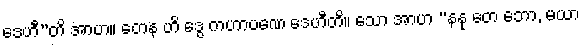
ဒေဟီ”တိ အာဟ။ တေန ဟိ ဒွေ ကဟာပဏေ ဒေဟီတိ။ သော အာဟ “နနု တေ ဘော, မယာ